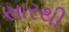
સારથી